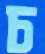
চ